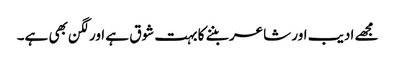
مجھے ادیب اور شاعر بننے کا بہت شوق ہے اور لگن بھی ہے۔